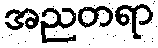
အညတရာ